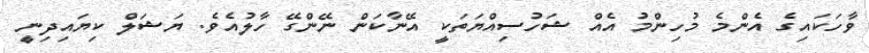
ވާހަކައިގެ އެންމެ މުހިންމު އެއް ޝަހުސިއްޔަތަކީ އޭނާކަން ނޭންގޭ ހާލުއެވެ. ޔަޝަލް ކިޔައިދިނީ